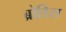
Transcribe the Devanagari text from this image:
ब्रोडिस